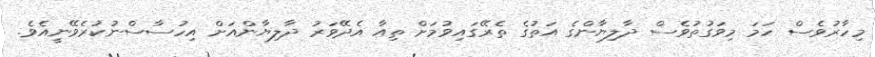
މިހާރުވެސް ހަމަ މިވަގުތުވެސް ދާލިޔާންގެ އަތުގެ ތެރޭގައިވުމަށް ތިއާ އެދޭވަރު ދާލިޔާންއަށް އިހުސާސްނުކުރެވޭނީއެވެ.